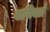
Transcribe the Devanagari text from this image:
वाचिवलं